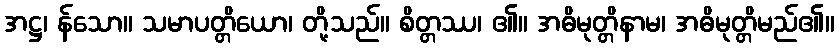
အဋ္ဌ၊ န်သော။ သမာပတ္တိယော၊ တို့သည်။ စိတ္တဿ၊ ၏။ အဓိမုတ္တိနာမ၊ အဓိမုတ္တိမည်၏။